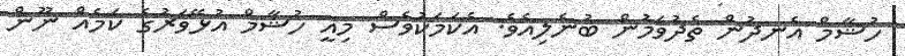
ހުޝާމް އެނދުން ތެދުވަމުން ބުނެލިއެވެ. އެކަމަކުވެސް މިއީ ހުޝާމް އުޅޭވަރުގެ ކަމެއް ނޫން